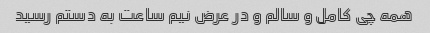
همه چی کامل و سالم و در عرض نیم ساعت به دستم رسید